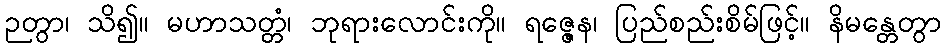
ဉတွာ၊ သိ၍။ မဟာသတ္တံ၊ ဘုရားလောင်းကို။ ရဇ္ဇေန၊ ပြည်စည်းစိမ်ဖြင့်။ နိမန္တေတွာ